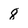
Character: 8